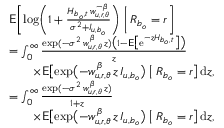
\begin{array} { r l } & { \mathsf { E } \biggl [ \log \biggl ( 1 + \frac { H _ { b _ { o } , t } \, w _ { u , r , \theta } ^ { - \beta } } { \sigma ^ { 2 } + I _ { u , b _ { o } } } \biggr ) \biggm | R _ { b _ { o } } = r \biggr ] } \\ & { = \int _ { 0 } ^ { \infty } \frac { \exp ( - \sigma ^ { 2 } \, w _ { u , r , \theta } ^ { \, \beta } \, z ) \bigl ( 1 - \mathsf { E } \bigl [ \mathrm { e } ^ { - z H _ { b _ { o } , t } } \bigr ] \bigr ) } { z } } \\ & { \qquad \mathrm \times \mathsf { E } \bigl [ \exp \bigl ( - w _ { u , r , \theta } ^ { \, \beta } \, z \, I _ { u , b _ { o } } \bigr ) \bigm | R _ { b _ { o } } = r \bigr ] \, \mathrm { d } z , } \\ & { = \int _ { 0 } ^ { \infty } \frac { \exp ( - \sigma ^ { 2 } \, w _ { u , r , \theta } ^ { \, \beta } \, z ) } { 1 + z } } \\ & { \qquad \mathrm \times \mathsf { E } \bigl [ \exp \bigl ( - w _ { u , r , \theta } ^ { \, \beta } \, z \, I _ { u , b _ { o } } \bigr ) \bigm | R _ { b _ { o } } = r \bigr ] \, \mathrm { d } z , } \end{array}